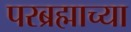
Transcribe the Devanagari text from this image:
परब्रह्माच्या